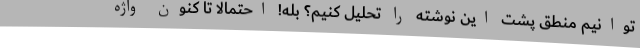
توانیم منطق پشت این نوشته را تحلیل کنیم؟ بله! احتمالا تا کنون واژه